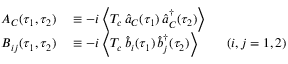
\begin{array} { r l } { A _ { C } ( \tau _ { 1 } , \tau _ { 2 } ) } & { { } \equiv - i \left\langle T _ { c } \, \hat { a } _ { C } ( \tau _ { 1 } ) \, \hat { a } _ { C } ^ { \dagger } ( \tau _ { 2 } ) \right\rangle } \\ { B _ { i j } ( \tau _ { 1 } , \tau _ { 2 } ) } & { { } \equiv - i \left\langle T _ { c } \, \hat { b } _ { i } ( \tau _ { 1 } ) \, \hat { b } _ { j } ^ { \dagger } ( \tau _ { 2 } ) \right\rangle \qquad ( i , j = 1 , 2 ) } \end{array}